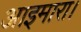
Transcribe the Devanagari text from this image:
आइमारा।